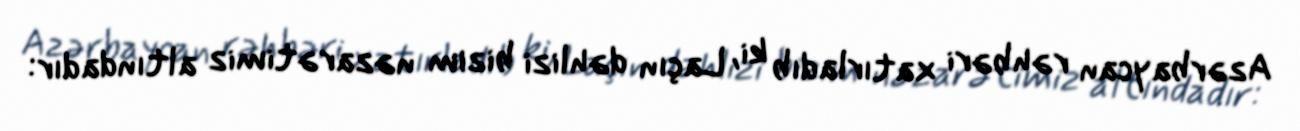
Azərbaycan rəhbəri xatırladıb ki, Laçın dəhlizi bizim nəzarətimiz altındadır: